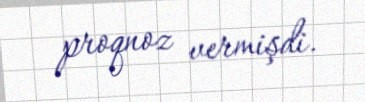
proqnoz vermişdi.